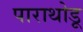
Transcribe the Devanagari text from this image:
पाराथोडू